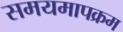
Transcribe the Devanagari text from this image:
समयमापक्रम